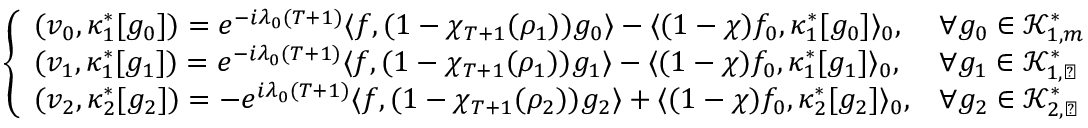
\left\{ \begin{array} { l l } { ( v _ { 0 } , \kappa _ { 1 } ^ { * } [ g _ { 0 } ] ) = e ^ { - i \lambda _ { 0 } ( T + 1 ) } \langle f , ( 1 - \chi _ { T + 1 } ( \rho _ { 1 } ) ) g _ { 0 } \rangle - \langle ( 1 - \chi ) f _ { 0 } , \kappa _ { 1 } ^ { * } [ g _ { 0 } ] \rangle _ { 0 } , } & { \forall g _ { 0 } \in \mathscr K _ { 1 , m } ^ { * } } \\ { ( v _ { 1 } , \kappa _ { 1 } ^ { * } [ g _ { 1 } ] ) = e ^ { - i \lambda _ { 0 } ( T + 1 ) } \langle f , ( 1 - \chi _ { T + 1 } ( \rho _ { 1 } ) ) g _ { 1 } \rangle - \langle ( 1 - \chi ) f _ { 0 } , \kappa _ { 1 } ^ { * } [ g _ { 1 } ] \rangle _ { 0 } , } & { \forall g _ { 1 } \in \mathscr K _ { 1 , \perp } ^ { * } } \\ { ( v _ { 2 } , \kappa _ { 2 } ^ { * } [ g _ { 2 } ] ) = - e ^ { i \lambda _ { 0 } ( T + 1 ) } \langle f , ( 1 - \chi _ { T + 1 } ( \rho _ { 2 } ) ) g _ { 2 } \rangle + \langle ( 1 - \chi ) f _ { 0 } , \kappa _ { 2 } ^ { * } [ g _ { 2 } ] \rangle _ { 0 } , } & { \forall g _ { 2 } \in \mathscr K _ { 2 , \perp } ^ { * } } \end{array} \right.